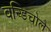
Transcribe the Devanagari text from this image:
वन्डिचोलै